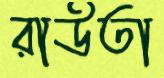
রাউতা